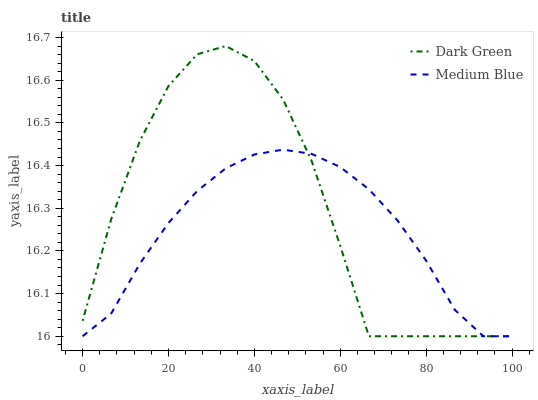
| xaxis_label | Dark Green | Medium Blue |
 | --- | --- | --- |
 | 0 | 16 | 16 |
 | 6.67 | 16.3 | 16.1 |
 | 13.3 | 16.5 | 16.2 |
 | 20 | 16.6 | 16.3 |
 | 26.7 | 16.7 | 16.3 |
 | 33.3 | 16.7 | 16.4 |
 | 40 | 16.6 | 16.4 |
 | 46.7 | 16.6 | 16.4 |
 | 53.3 | 16.4 | 16.4 |
 | 60 | 16.2 | 16.4 |
 | 66.7 | 16 | 16.3 |
 | 73.3 | 16 | 16.3 |
 | 80 | 16 | 16.2 |
 | 86.7 | 16 | 16.1 |
 | 93.3 | 16 | 16 |
 | 100 | 16 | 16 |